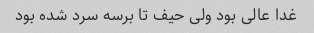
غدا عالی بود ولی حیف تا برسه سرد شده بود